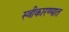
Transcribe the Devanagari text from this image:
स्‍वीकारण्‍यात